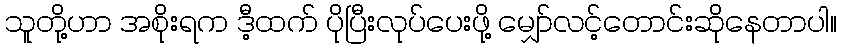
သူတို့ဟာ အစိုးရက ဒီ့ထက် ပိုပြီးလုပ်ပေးဖို့ မျှော်လင့်တောင်းဆိုနေတာပါ။